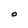
Character: O